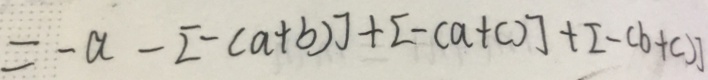
= - a - [ - ( a + b ) ] + [ - ( a + c ) ] + [ - ( b + c ) ]